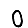
Digit: 0